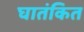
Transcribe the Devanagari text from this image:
घातंकित